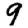
Digit: 9